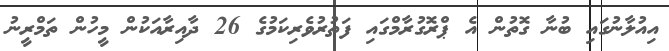
އިއުލާނުގައި ބުނާ ގޮތުން އެ ޕްރޮގުރާމްގައި ފަތުރުވެރިކަމުގެ 26 ދާއިރާއަކުން މީހުން ތަމްރީނު